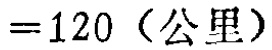
$=120 \text{（公里）}$